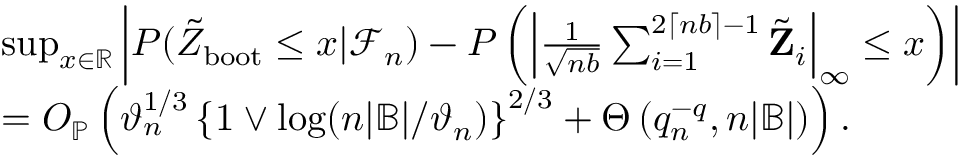
\begin{array} { r l } & { \operatorname* { s u p } _ { x \in \mathbb { R } } \left| P ( \tilde { Z } _ { \mathrm { b o o t } } \leq x | \mathcal { F } _ { n } ) - P \left( \left| \frac { 1 } { \sqrt { n b } } \sum _ { i = 1 } ^ { 2 \lceil n b \rceil - 1 } \tilde { \mathbf Z } _ { i } \right| _ { \infty } \leq x \right) \right| } \\ & { = O _ { \mathbb { P } } \left( \vartheta _ { n } ^ { 1 / 3 } \left\{ 1 \vee \log ( n | \mathbb { B } | / \vartheta _ { n } ) \right\} ^ { 2 / 3 } + \Theta \left( q _ { n } ^ { - q } , n | \mathbb B | \right) \right) . } \end{array}